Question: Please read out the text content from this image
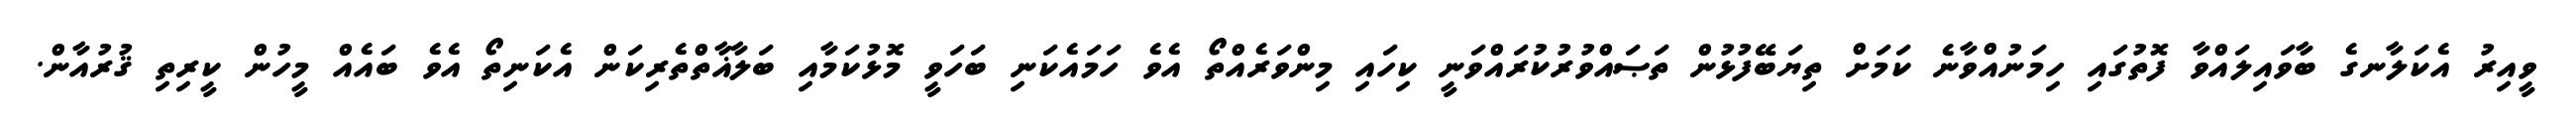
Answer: ވީއިރު އެކަލާނގެ ބާވައިލައްވާ ފޮތުގައި ހިމަނުއްވާނެ ކަމަށް ތިޔަބޭފުޅުން ތަޞައްވުރުކުރައްވަނީ ކިހައި މިންވަރެއްތޯ އެވެ ހަމައެކަނި ބަހަވީ މޮޅުކަމާއި ބަލާޣާތްތެރިކަން އެކަނިތޯ އެވެ ބައެއް މީހުން ކީރިތި ޤުރުއާން.